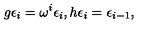
g \epsilon _ { i } = \omega ^ { i } \epsilon _ { i } , h \epsilon _ { i } = \epsilon _ { i - 1 } ,